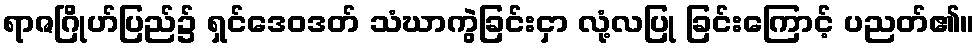
ရာဇဂြိုဟ်ပြည်၌ ရှင်ဒေဝဒတ် သံဃာကွဲခြင်းငှာ လုံ့လပြု ခြင်းကြောင့် ပညတ်၏။